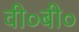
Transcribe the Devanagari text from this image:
वी०बी०